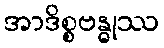
အာဒိစ္စဗန္ဓုဿ